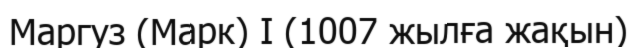
Маргуз (Марк) I (1007 жылға жақын)